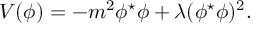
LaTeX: { V ( { \phi } ) = - m ^ { 2 } { \phi } ^ { \star } { \phi } + { \lambda } ( { \phi } ^ { \star } { \phi } ) ^ { 2 } . }